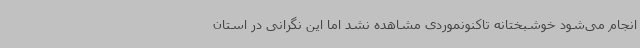
انجام می‌شود خوشبختانه تاکنونموردی مشاهده نشد اما این نگرانی در استان